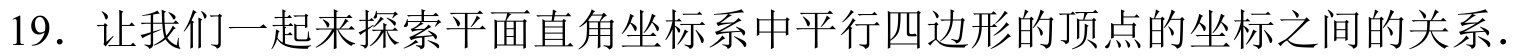
19．让我们一起来探索平面直角坐标系中平行四边形的顶点的坐标之间的关系．